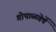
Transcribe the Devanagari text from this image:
गोपाळवेषें